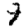
Digit: 9